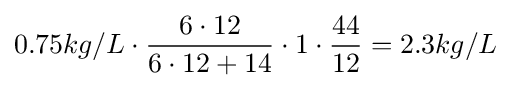
0.75kg/L\cdot {{\frac {6\cdot 12}{6\cdot 12+14}}\cdot 1}\cdot {\frac {44}{12}}=2.3kg/L